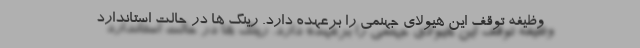
وظیفه توقف این هیولای جهنمی را برعهده دارد. رینگ ها در حالت استاندارد